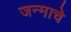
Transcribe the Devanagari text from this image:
जन्माचेे